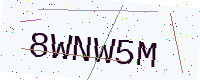
Text: 8WNW5M